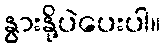
နွားနို့ပဲပေးပါ။